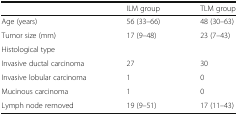
<table><thead><tr><td></td><td><b>ILM group</b></td><td><b>TLM group</b></td></tr></thead><tbody><tr><td>Age (years)</td><td>56 (33–66)</td><td>48 (30–63)</td></tr><tr><td>Tumor size (mm)</td><td>17 (9–48)</td><td>23 (7–43)</td></tr><tr><td>Histological type</td><td></td><td></td></tr><tr><td>Invasive ductal carcinoma</td><td>27</td><td>30</td></tr><tr><td>Invasive lobular carcinoma</td><td>1</td><td>0</td></tr><tr><td>Mucinous carcinoma</td><td>1</td><td>0</td></tr><tr><td>Lymph node removed</td><td>19 (9–51)</td><td>17 (11–43)</td></tr></tbody></table>